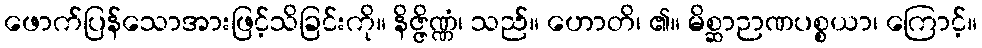
ဖောက်ပြန်သောအားဖြင့်သိခြင်းကို။ နိဇ္ဇိဏ္ဏံ၊ သည်။ ဟောတိ၊ ၏။ မိစ္ဆာဉာဏပစ္စယာ၊ ကြောင့်။